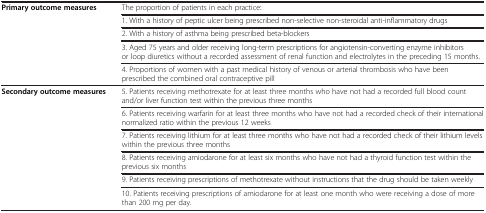
|  |  |
 | --- | --- |
 | Primary outcome measures | The proportion of patients in each practice: |
 |  | 1. With a history of peptic ulcer being prescribed non-selective non-steroidal anti-inflammatory drugs |
 |  | 2. With a history of asthma being prescribed beta-blockers |
 |  | 3. Aged 75 years and older receiving long-term prescriptions for angiotensin-converting enzyme inhibitors or loop diuretics without a recorded assessment of renal function and electrolytes in the preceding 15 months. |
 |  | 4. Proportions of women with a past medical history of venous or arterial thrombosis who have been prescribed the combined oral contraceptive pill |
 | Secondary outcome measures | 5. Patients receiving methotrexate for at least three months who have not had a recorded full blood count and/or liver function test within the previous three months |
 |  | 6. Patients receiving warfarin for at least three months who have not had a recorded check of their international normalized ratio within the previous 12 weeks |
 |  | 7. Patients receiving lithium for at least three months who have not had a recorded check of their lithium levels within the previous three months |
 |  | 8. Patients receiving amiodarone for at least six months who have not had a thyroid function test within the previous six months |
 |  | 9. Patients receiving prescriptions of methotrexate without instructions that the drug should be taken weekly |
 |  | 10. Patients receiving prescriptions of amiodarone for at least one month who were receiving a dose of more than 200 mg per day. |